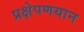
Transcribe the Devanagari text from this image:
प्रक्षेपणयान